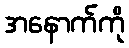
အနောက်ကို